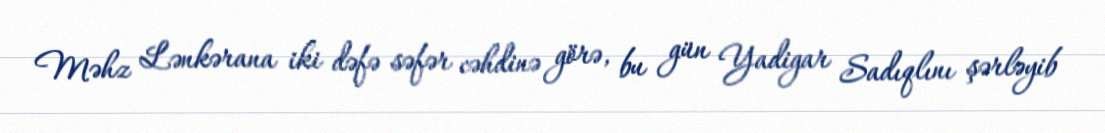
Məhz Lənkərana iki dəfə səfər cəhdinə görə, bu gün Yadigar Sadıqlını şərləyib